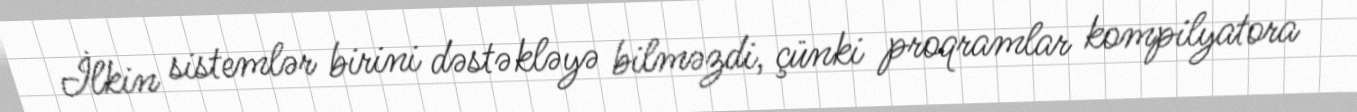
İlkin sistemlər birini dəstəkləyə bilməzdi, çünki proqramlar kompilyatora